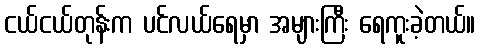
ငယ်ငယ်တုန်းက ပင်လယ်ရေမှာ အများကြီး ရေကူးခဲ့တယ်။